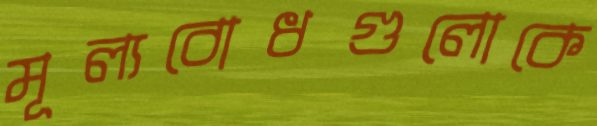
মূল্যবোধগুলোকে